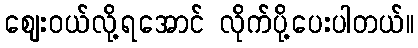
ဈေးဝယ်လို့ရအောင် လိုက်ပို့ပေးပါတယ်။